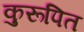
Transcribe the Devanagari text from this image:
कुरूपित